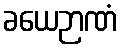
ခယေဉာဏံ